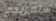
سلفريدج